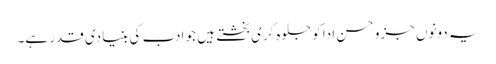
یہ دونوں جزو حسن ادا کو جلوہ گری بخشتے ہیں جو ادب کی بنیادی قدر ہے۔